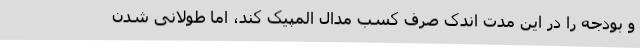
و بودجه را در این مدت اندک صرف کسب مدال المپیک کند، اما طولانی شدن